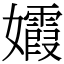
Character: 𡤕